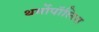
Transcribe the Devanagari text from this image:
थर्मोपॉलिस